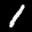
Label: 1